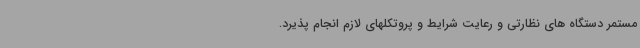
مستمر دستگاه های نظارتی و رعایت شرایط و پروتکلهای لازم انجام پذیرد.